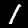
Label: 1